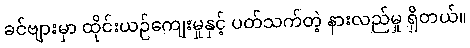
ခင်ဗျားမှာ ထိုင်းယဉ်ကျေးမှုနှင့် ပတ်သက်တဲ့ နားလည်မှု ရှိတယ်။